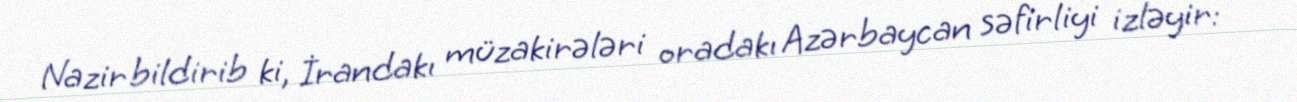
Nazir bildirib ki, İrandakı müzakirələri oradakı Azərbaycan səfirliyi izləyir: